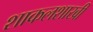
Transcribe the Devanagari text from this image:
शाकलशाखी